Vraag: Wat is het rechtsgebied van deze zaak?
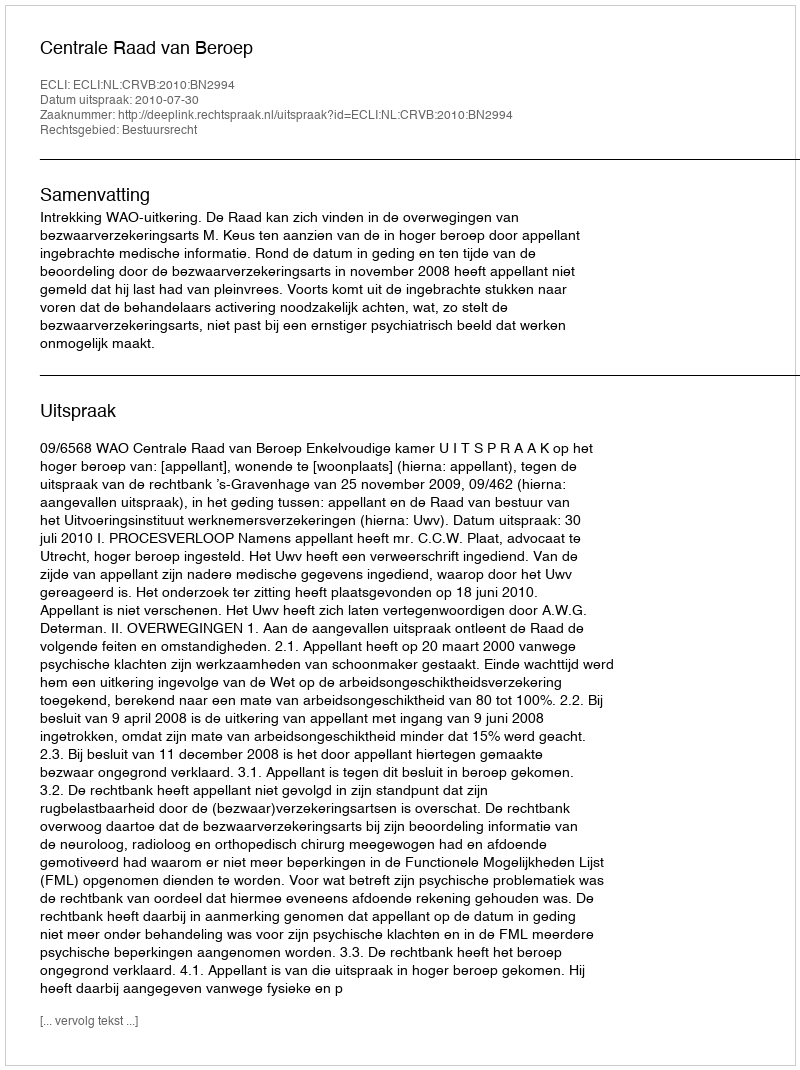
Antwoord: Bestuursrecht